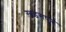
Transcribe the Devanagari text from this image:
ख़डगपुर